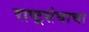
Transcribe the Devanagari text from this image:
राष्ट्रसंघाचा